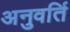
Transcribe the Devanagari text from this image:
अनुवर्ति